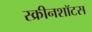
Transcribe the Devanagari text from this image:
स्क्रीनशॉटस